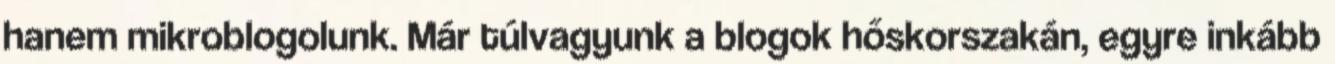
hanem mikroblogolunk. Már túlvagyunk a blogok hőskorszakán, egyre inkább